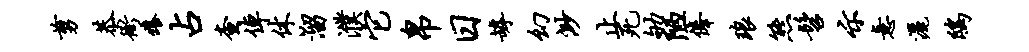
剪恭衙痒占查倬休溜濮它帛日罅幻渺止死劬陋俸琅熊髫示意洒鸱